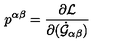
p ^ { \alpha \beta } = \frac { \partial { \cal L } } { \partial ( \dot { \cal G } _ { \alpha \beta } ) }